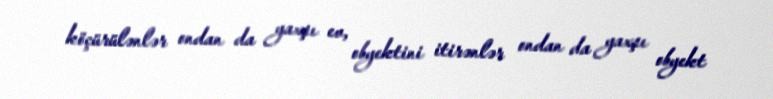
köçürülənlər ondan da yaxşı ev, obyektini itirənlər ondan da yaxşı obyekt